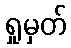
ရှုမှတ်